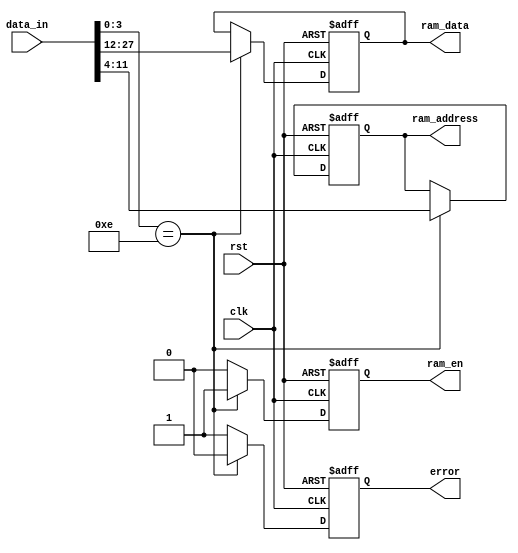
module PacketChecker(
    input wire clk,         // Clock signal
    input wire rst,         // Reset signal
    input wire [31:0] data_in,  // 32-bit input data
    output reg [7:0] ram_address,  // 8-bit RAM address output
    output reg [15:0] ram_data,    // 16-bit RAM data output
    output reg ram_en,         // RAM enable signal
    output reg error           // Error signal
);

reg [3:0] header;
reg [7:0] address;
reg [15:0] data;

always @(posedge clk or posedge rst) begin
    if (rst) begin
        ram_address <= 8'b0;
        ram_data <= 16'b0;
        ram_en <= 0;
        error <= 0;
    end else begin
        ram_en <= 0;
        error <= 0;
        header = data_in[3:0];
        address = data_in[11:4];
        data = data_in[27:12];

        if (header == 4'hE) begin
            ram_address <= address;
            ram_data <= data;
            ram_en <= 1;
        end else begin
            error <= 1;
        end
    end
end

endmodule